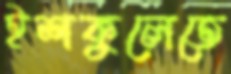
ইশকুলেতে